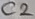
Text: C2